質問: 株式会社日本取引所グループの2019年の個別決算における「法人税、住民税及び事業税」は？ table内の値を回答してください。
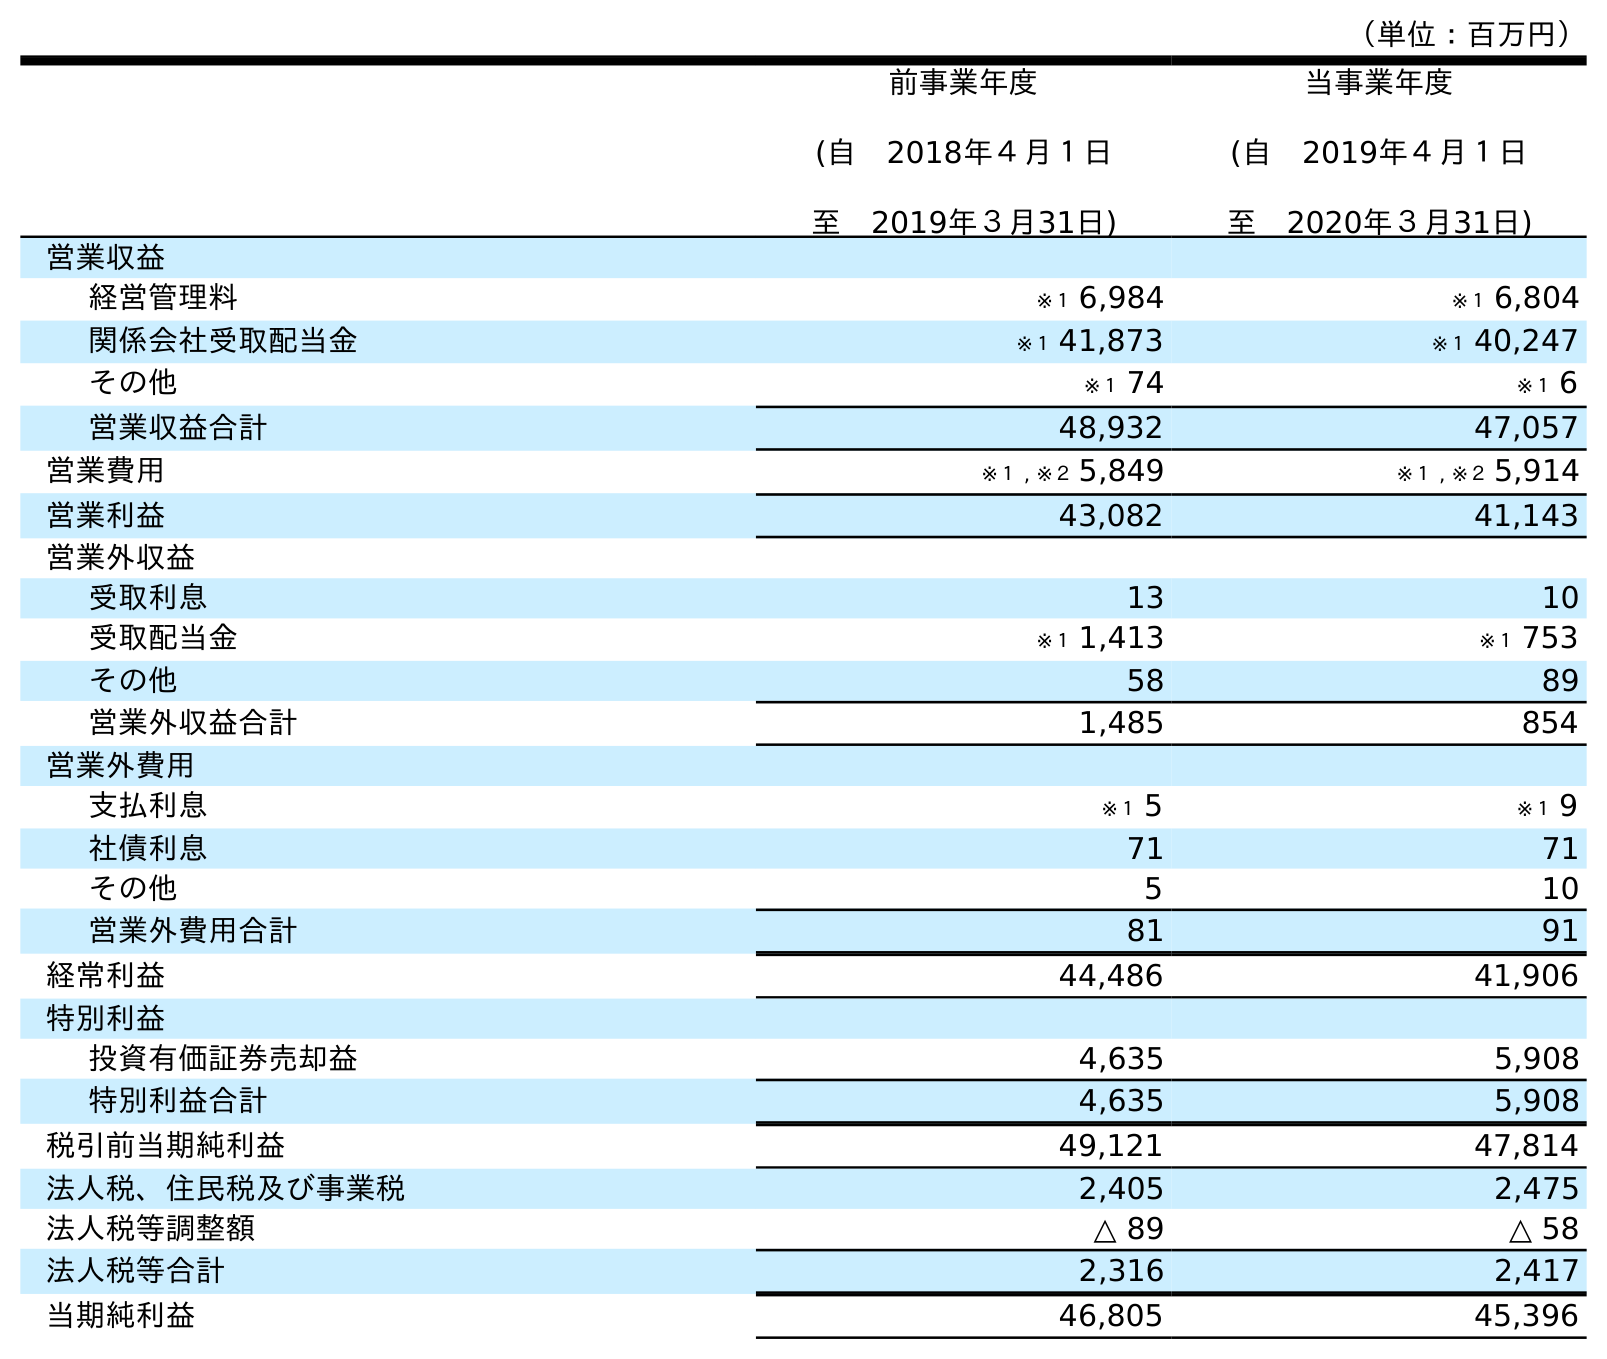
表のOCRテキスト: （単位：百万円） 前事業年度 (自 2018年４月１日 至 2019年３月31日) 当事業年度 (自 2019年４月１日 至 2020年３月31日) 営業収益 経営管理料 ※１ 6,984 ※１ 6,804 関係会社受取配当金 ※１ 41,873 ※１ 40,247 その他 ※１ 74 ※１ 6 営業収益合計 48,932 47,057 営業費用 ※１ , ※２ 5,849 ※１ , ※２ 5,914 営業利益 43,082 41,143 営業外収益 受取利息 13 10 受取配当金 ※１ 1,413 ※１ 753 その他 58 89 営業外収益合計 1,485 854 営業外費用 支払利息 ※１ 5 ※１ 9 社債利息 71 71 その他 5 10 営業外費用合計 81 91 経常利益 44,486 41,906 特別利益 投資有価証券売却益 4,635 5,908 特別利益合計 4,635 5,908 税引前当期純利益 49,121 47,814 法人税、住民税及び事業税 2,405 2,475 法人税等調整額 △ 89 △ 58 法人税等合計 2,316 2,417 当期純利益 46,805 45,396
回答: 2,405